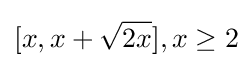
[x,x+{\sqrt {2x}}],x\geq 2